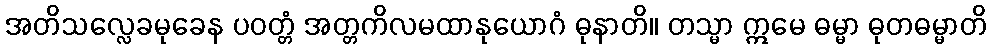
အတိသလ္လေခမုခေန ပဝတ္တံ အတ္တကိလမထာနုယောဂံ ဓုနာတိ။ တသ္မာ ဣမေ ဓမ္မာ ဓုတဓမ္မာတိ